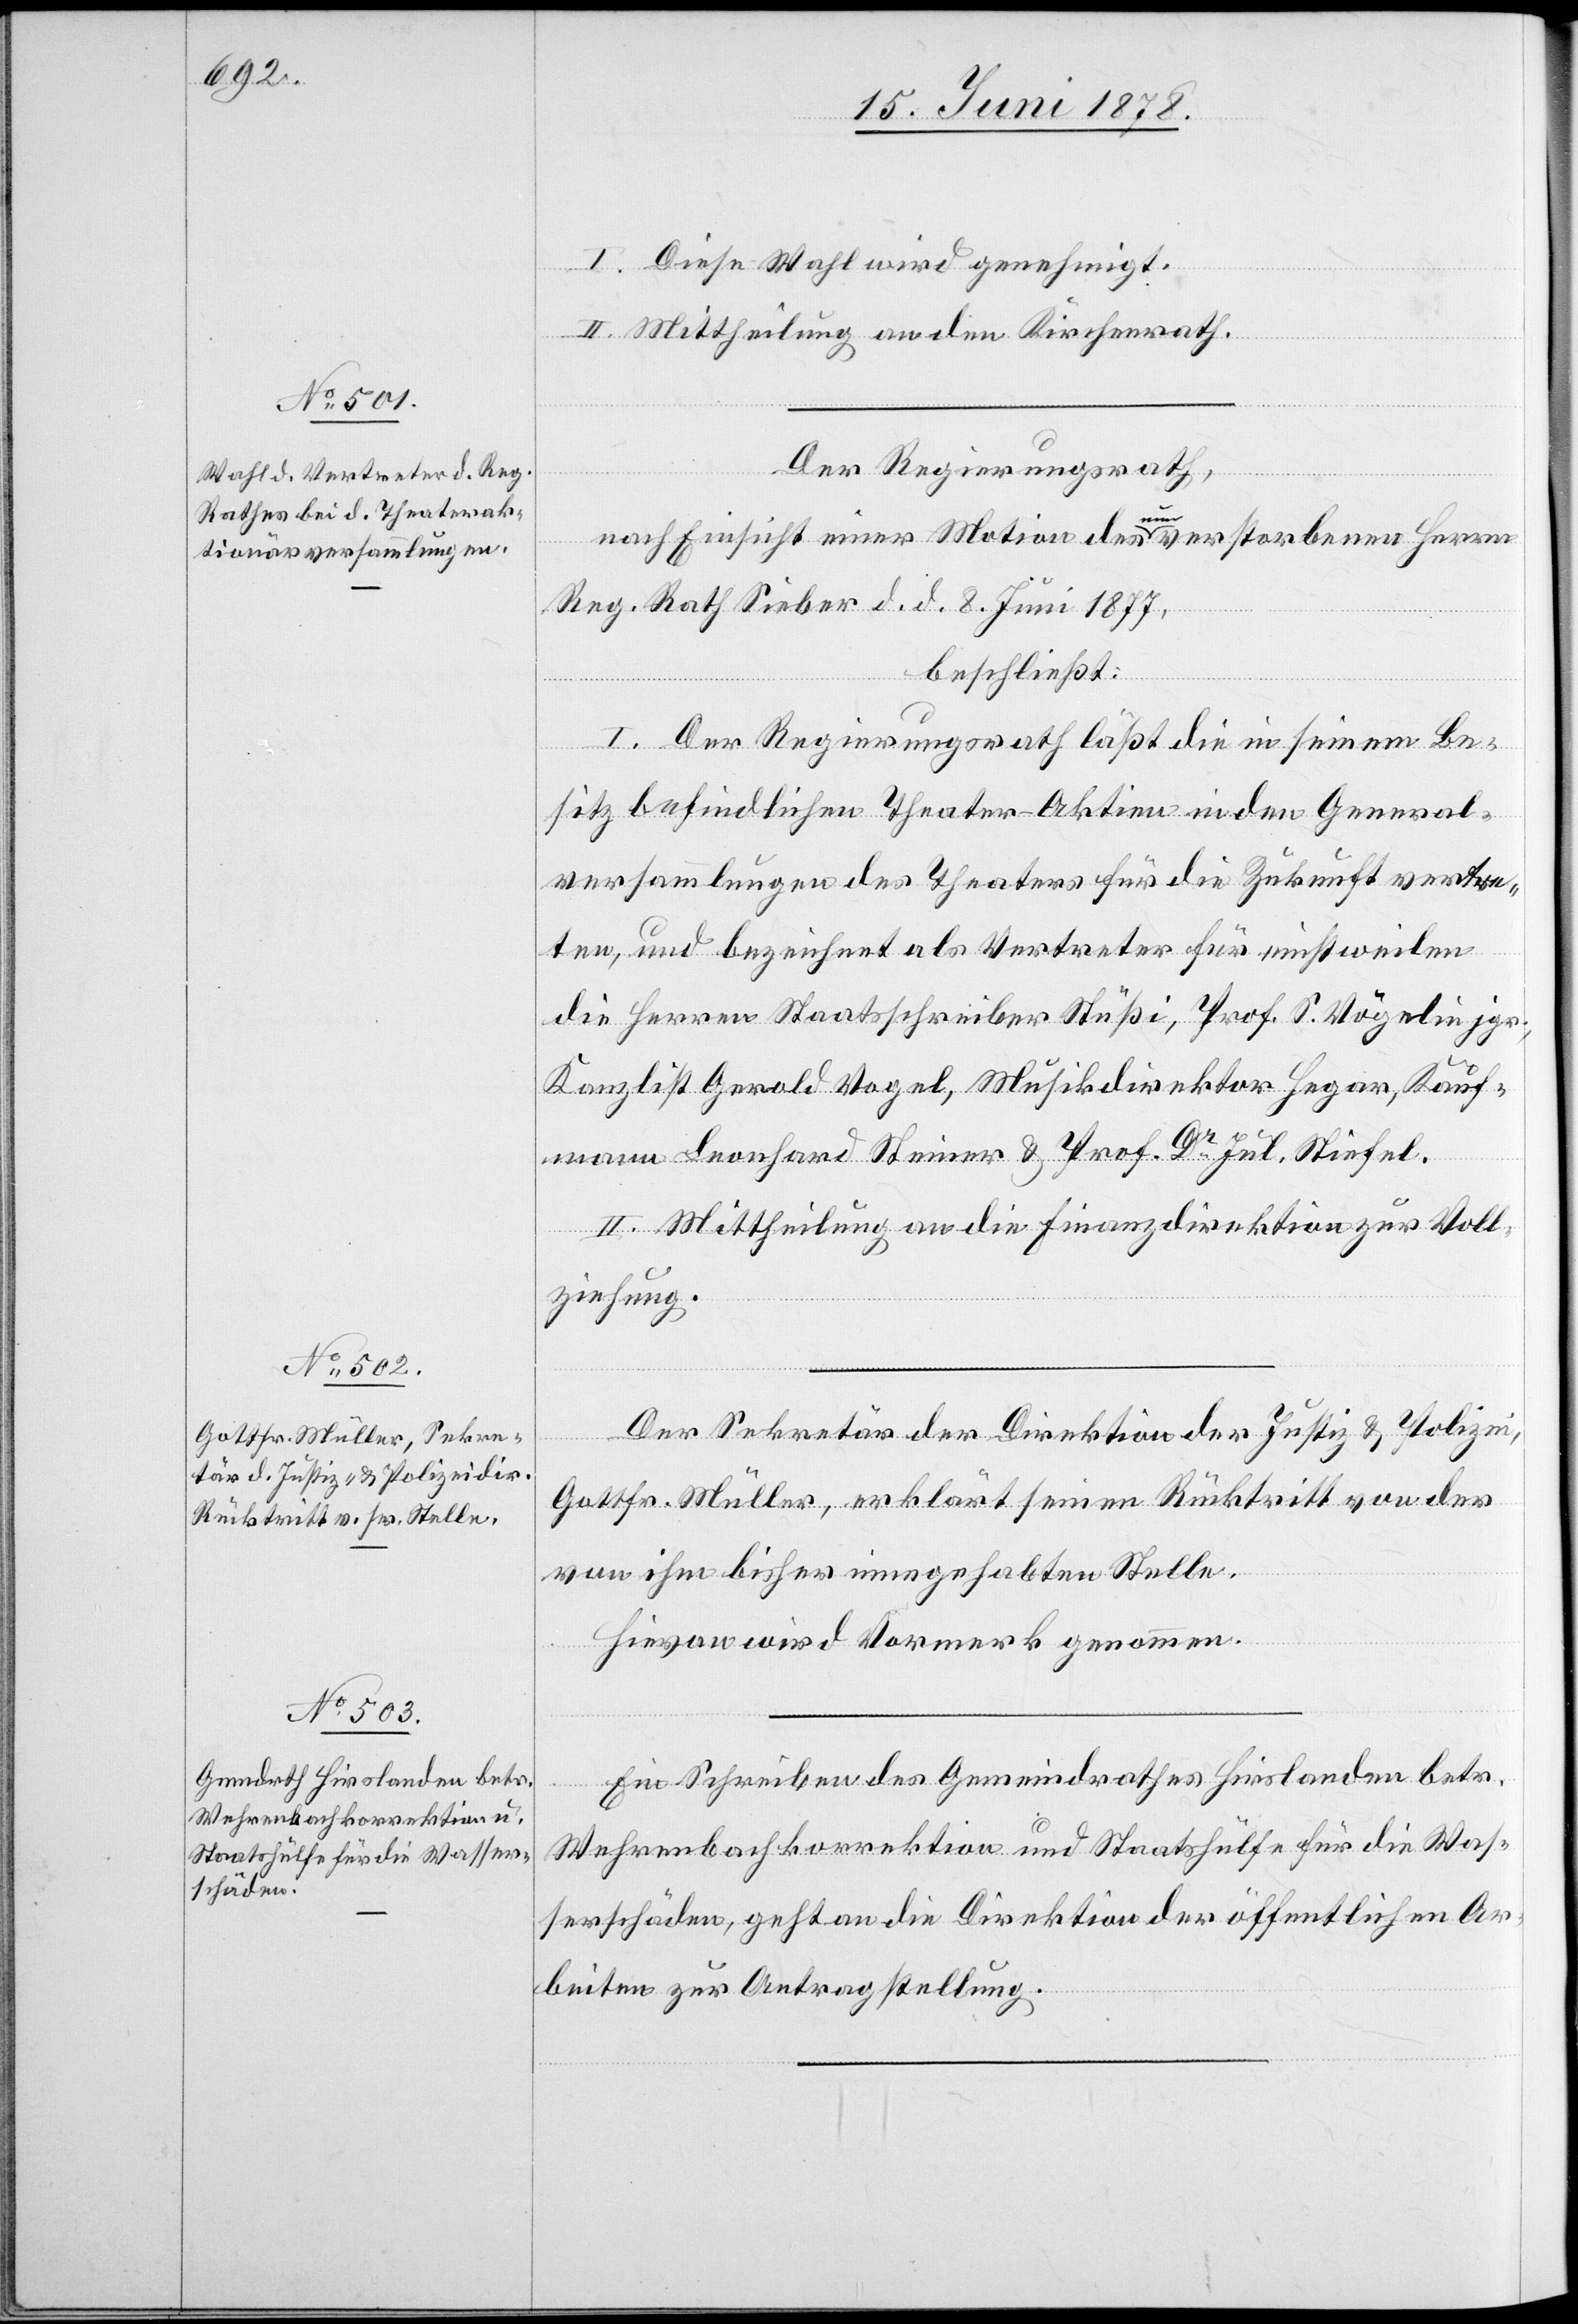
I. Diese Wahl wird genehmigt.
II. Mittheilung an den Kirchenrath.
Der Regierungsrath,
nach Einsicht einer Motion des nun verstorbenen Herrn
Reg. Rath Sieber d. d. 8. Juni 1877,
beschließt:
I. Der Regierungsrath läßt die in seinem Be¬
sitz befindlichen Theater-Aktien in den General¬
versammlungen des Theaters für die Zukunft vertre¬
ten, und bezeichnet als Vertreter für einstweilen
die Herren Staatsschreiber Stüßi, Prof. S. Vögelin jgr.,
Kanzlist Gerold Vogel, Musikdirektor Hegar, Kauf¬
mann Leonhard Steiner & Prof. Dr Jul. Stiefel.
II. Mittheilung an die Finanzdirektion zur Voll¬
ziehung.
Der Sekretär der Direktion der Justiz & Polizei,
Gottfr. Müller, erklärt seinen Rücktritt von der
von ihm bisher innegehabten Stelle.
Hievon wird Vormerk genommen.
Ein Schreiben des Gemeindrathes Hirslanden betr.
Wehrenbachkorrektion und Staatshülfe für die Was¬
serschäden, geht an die Direktion der öffentlichen Ar¬
beiten zur Antragstellung.